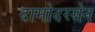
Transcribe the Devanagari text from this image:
दामोदरसेन